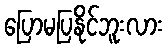
ပြောမပြနိုင်ဘူးလား